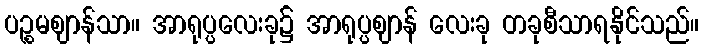
ပဉ္စမဈာန်သာ။ အာရုပ္ပလေးခု၌ အာရုပ္ပဈာန် လေးခု တခုစီသာရနိုင်သည်။